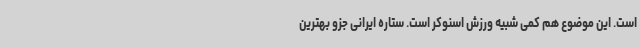
است. این موضوع هم کمی شبیه ورزش اسنوکر است. ستاره ایرانی جزو بهترین